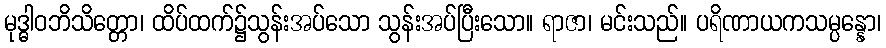
မုဒ္ဓါဝဘိသိတ္တော၊ ထိပ်ထက်၌သွန်းအပ်သော သွန်းအပ်ပြီးသော။ ရာဇာ၊ မင်းသည်။ ပရိဏာယကသမ္ပန္နော၊